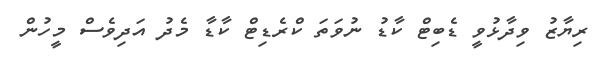
ރިޔާޒު ވިދާޅުވީ ޑެބިޓް ކާޑު ނުވަތަ ކްރެޑިޓް ކާޑާ މެދު އަދިވެސް މީހުން